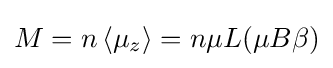
M=n\left\langle \mu _{z}\right\rangle =n\mu L(\mu B\beta )